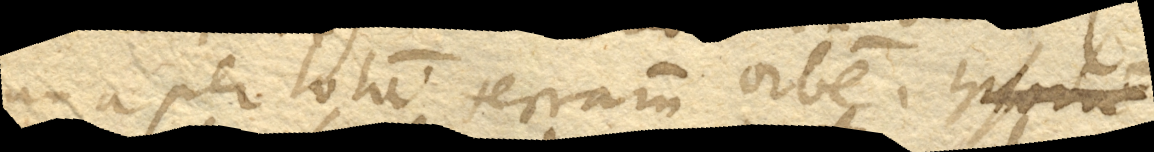
Luna per totum terrarum orbem.